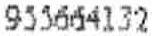
955664132